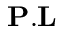
{ \bf P } . { \bf L }